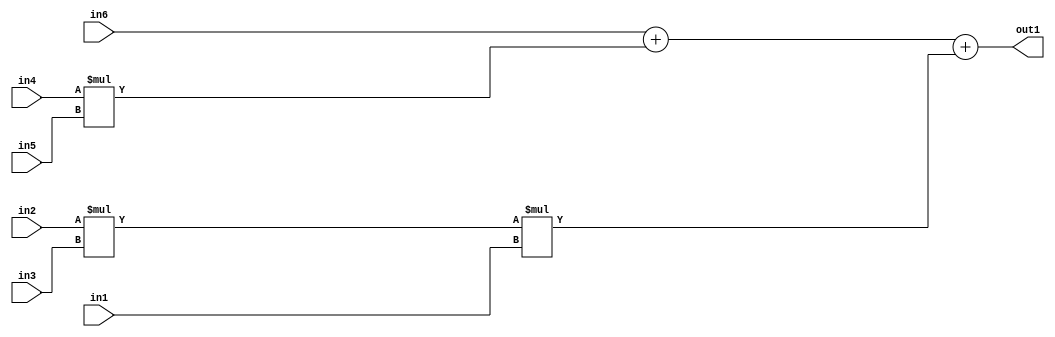
`timescale 1ps / 1ps
/*****************************************************************************
    Verilog RTL Description
    
    
    Created by: Stratus DpOpt 2019.1.01 
*******************************************************************************/

module st_weight_addr_gen_Add3Mul3u16u16u16Mul2u16u16u16_4_0 (
	in6,
	in5,
	in4,
	in3,
	in2,
	in1,
	out1
	); /* architecture "behavioural" */ 
input [15:0] in6,
	in5,
	in4,
	in3,
	in2,
	in1;
output [31:0] out1;
wire [31:0] asc001,
	asc002;

assign asc002 = 
	+(in2 * in3);

wire [31:0] asc001_tmp_0;
wire [31:0] asc001_tmp_1;
assign asc001_tmp_1 = 
	+(in6);
assign asc001_tmp_0 = asc001_tmp_1
	+(in4 * in5);
assign asc001 = asc001_tmp_0
	+(asc002 * in1);

assign out1 = asc001;
endmodule

/* CADENCE  v7T4Sw8= : u9/ySgnWtBlWxVPRXgAZ4Og= ** DO NOT EDIT THIS LINE ******/